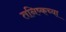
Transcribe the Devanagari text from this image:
तनिष्कच्या